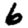
Digit: 6